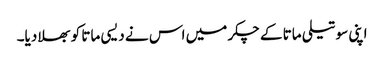
اپنی سوتیلی ماتا کے چکر میں اس نے دیسی ماتا کو بھلا دیا۔